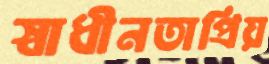
স্বাধীনতাপ্রিয়